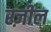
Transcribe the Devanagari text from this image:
रज़ील